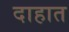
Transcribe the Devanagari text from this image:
दाहात